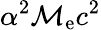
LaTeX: \alpha^{2}\mathcal{M}_{\mathrm{{e}}}c^{2}